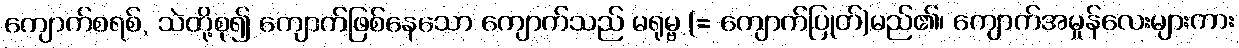
ကျောက်စရစ်, သဲတို့စု၍ ကျောက်ဖြစ်နေသော ကျောက်သည် မရုမ္ဗ (= ကျောက်ပြုတ်)မည်၏၊ ကျောက်အမှုန်လေးများကား